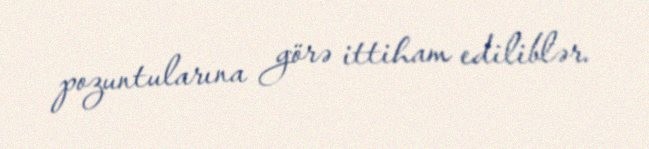
pozuntularına görə ittiham ediliblər.